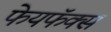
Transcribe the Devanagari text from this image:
फेयफॅक्स